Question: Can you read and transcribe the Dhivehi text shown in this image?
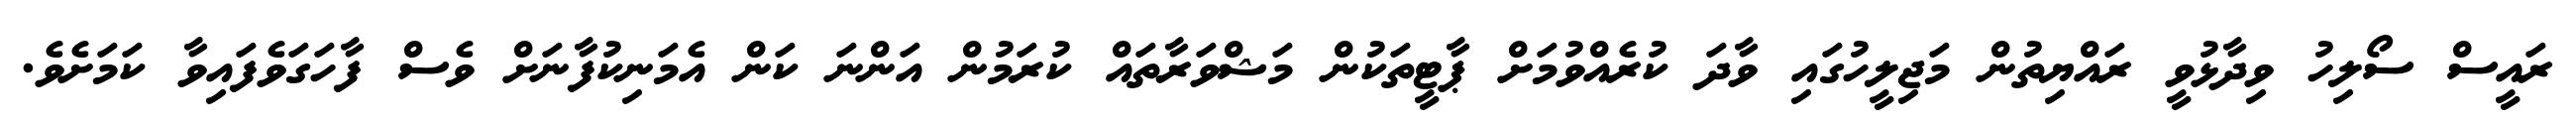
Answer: ރައީސް ސޯލިހު ވިދާޅުވީ ރައްޔިތުން މަޖިލީހުގައި ވާދަ ކުރެއްވުމަށް ޕާޓީތަކުން މަޝްވަރާތައް ކުރަމުން އަންނަ ކަން އެމަނިކުފާނަށް ވެސް ފާހަގަވެފައިވާ ކަމަށެވެ.